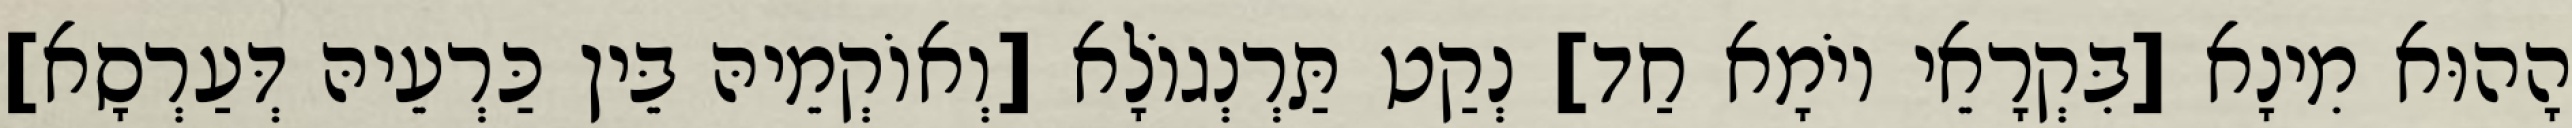
הָהוּא מִינָא [בִּקְרָאֵי יוֹמָא חַד] נְקַט תַּרְנְגוֹלָא [וְאוֹקְמֵיהּ בֵּין כַּרְעֵיהּ דְּעַרְסָא]